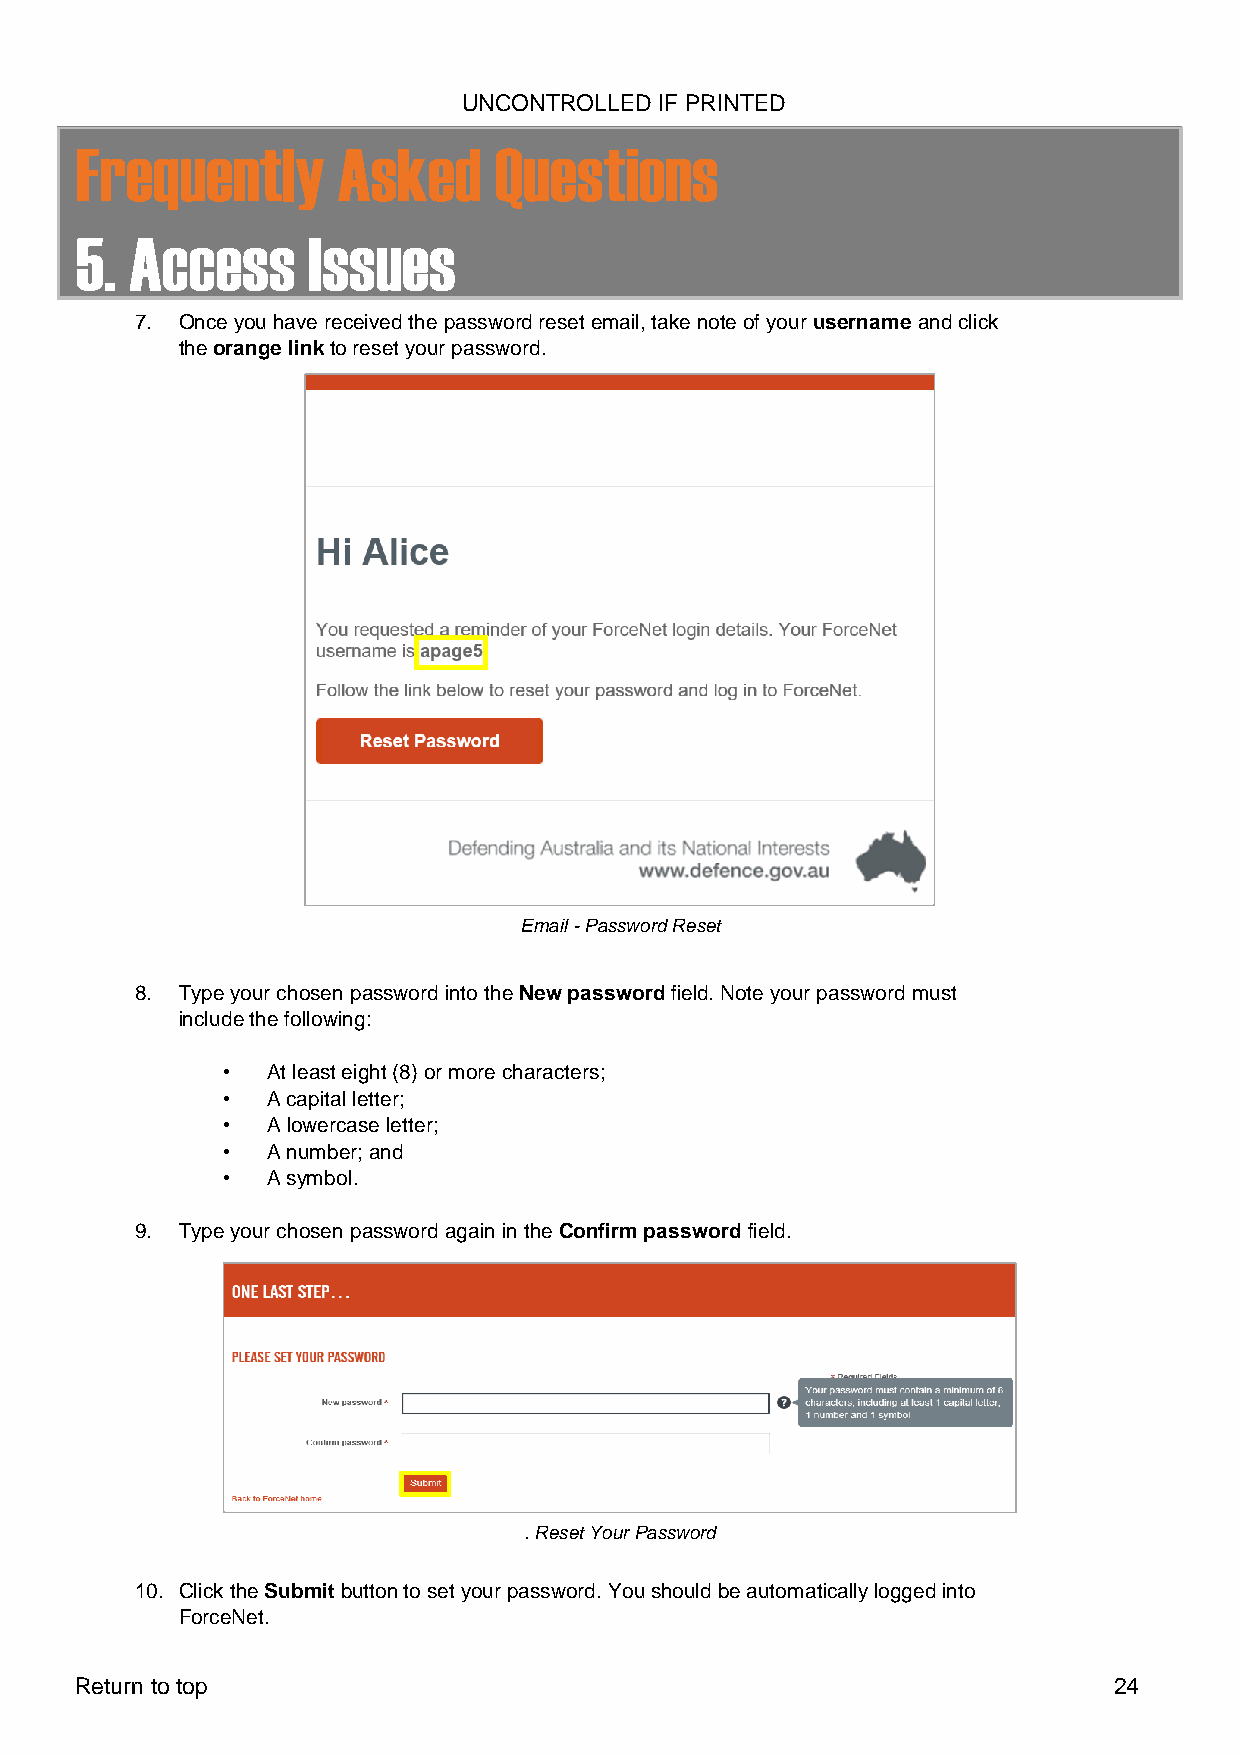
UNCONTROLLED IF PRINTED
 Frequently       Asked      Questions
 5.  Access     Issues
 7. Once you have received the password reset email, take note of your username and click
 the orange link to reset your password.
 Email - Password Reset
 8. Type your chosen password into the New password field. Note your password must
 include the following:
 •  At least eight (8) or more characters;
 •  A capital letter;
 •  A lowercase letter;
 •  A number; and
 •  A symbol.
 9. Type your chosen password again in the Confirm password field.
 . Reset Your Password
 10. Click the Submit button to set your password. You should be automatically logged into
 ForceNet.
 Return to top                                                        24